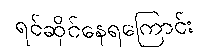
ရင်ဆိုင်နေရကြောင်း